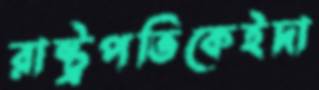
রাষ্ট্রপতিকেইদা